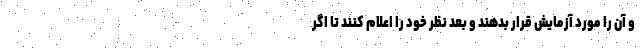
و آن را مورد آزمایش قرار بدهند و بعد نظر خود را اعلام کنند تا اگر